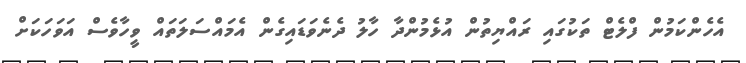
އެހެންކަމުން ފްލެޓް ތަކުގައި ރައްޔިތުން އުޅެމުންދާ ހާލު ދެނެވަޑައިގެން އެމައްސަލަތައް ވީހާވެސް އަވަހަކަށް